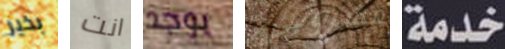
بخير انت يوجد مشروبي خدمة